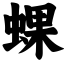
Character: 蜾